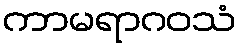
ကာမရာဂဝသံ